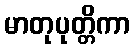
မာတုပုတ္တိကာ